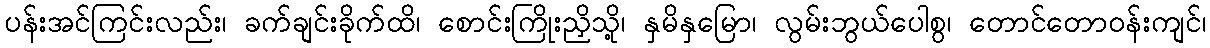
ပန်းအင်ကြင်းလည်း၊ ခက်ချင်းခိုက်ထိ၊ စောင်းကြိုးညှိသို့၊ နှမိနှမြော၊ လွမ်းဘွယ်ပေါစွ၊ တောင်တောဝန်းကျင်၊